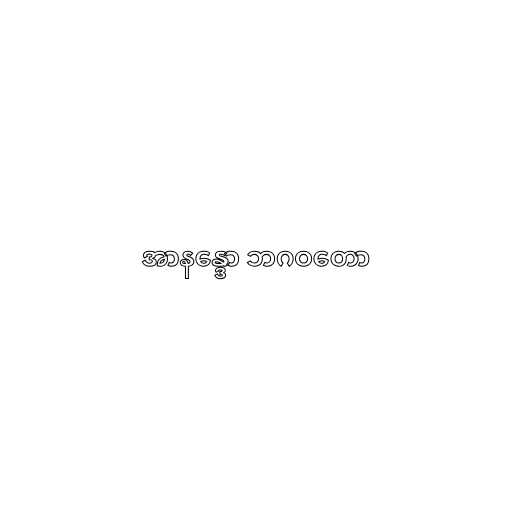
အာနန္ဒော ဘဂဝတော